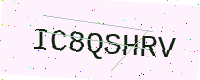
Text: IC8QSHRV